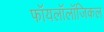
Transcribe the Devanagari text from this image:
फॉयलॉलॉजिकल